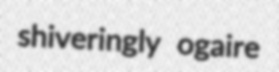
shiveringly ogaire